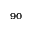
^ { 9 0 }